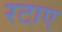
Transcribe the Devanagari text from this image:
रटाए